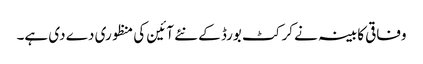
وفاقی کابینہ نے کرکٹ بورڈ کے نئے آئین کی منظوری دے دی ہے۔